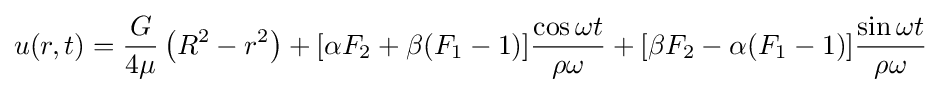
u(r,t)={\frac {G}{4\mu }}\left(R^{2}-r^{2}\right)+[\alpha F_{2}+\beta (F_{1}-1)]{\frac {\cos \omega t}{\rho \omega }}+[\beta F_{2}-\alpha (F_{1}-1)]{\frac {\sin \omega t}{\rho \omega }}